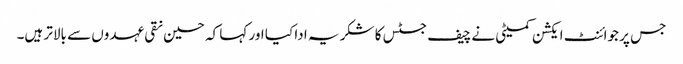
جس پر جوائنٹ ایکشن کمیٹی نے چیف جسٹس کا شکر یہ ادا کیا اور کہا کہ حسین نقی عہدوں سے بالاتر ہیں۔